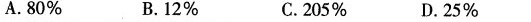
A.80% B.12% C.205% D.25%